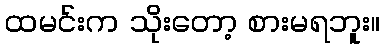
ထမင်းက သိုးတော့ စားမရဘူး။